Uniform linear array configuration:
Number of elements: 16
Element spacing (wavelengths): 0.25
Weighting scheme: hann
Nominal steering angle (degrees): -45
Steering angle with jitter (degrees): -45.616
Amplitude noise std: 0.05
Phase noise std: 0.05

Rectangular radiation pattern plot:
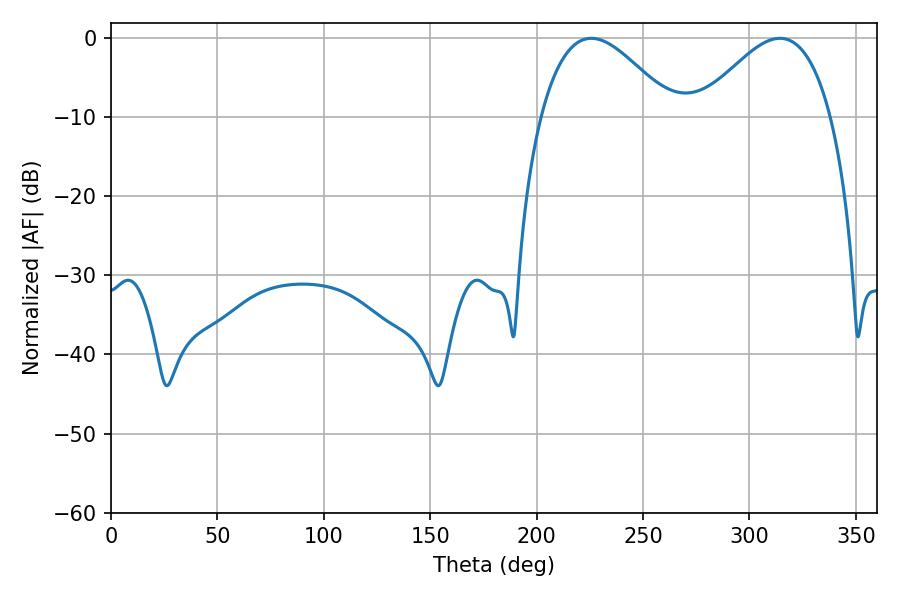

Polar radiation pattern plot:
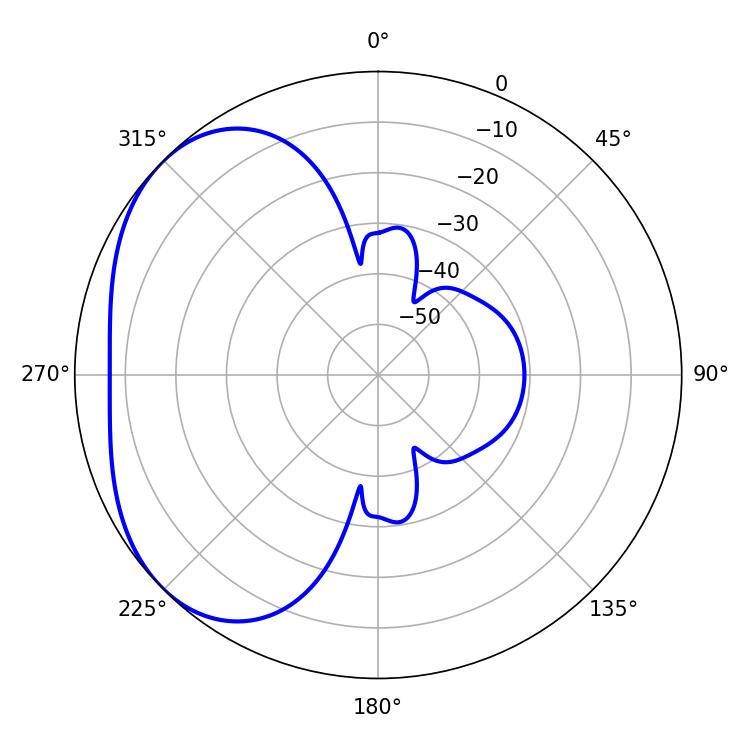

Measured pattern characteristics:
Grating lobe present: FALSE
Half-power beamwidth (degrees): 33.66
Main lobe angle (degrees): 225.72